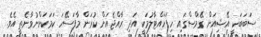
ސަބަބަކީ އޭޝިއަން ގޭމްސްގައި ހިފަހައްޓާލުމަކީ އަދި ރާއްޖެއަށް ކުރަން މާފަސޭހަ ކަމަކަށްނުވާނެތީ އެވެ.